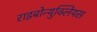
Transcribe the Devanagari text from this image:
राइबोन्युक्लियस